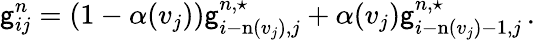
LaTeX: \mathsf{g}_{ij}^{n}=(1-\alpha(v_{j}))\mathsf{g}_{i-\mathrm{n}(v_{j}),j}^{n,\star}+\alpha(v_{j})\mathsf{g}_{i-\mathrm{n}(v_{j})-1,j}^{n,\star}\, .